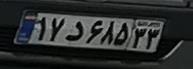
۱۷د۶۸۵۲۳